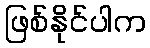
ဖြစ်နိုင်ပါက